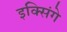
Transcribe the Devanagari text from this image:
इक्सिंगे